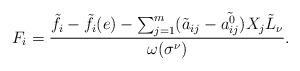
LaTeX: \begin{align*}F_{i}=\frac{\tilde{f}_{i}-\tilde{f}_{i}(e)-\sum^{m}_{j=1}(\tilde{a}_{ij}-\tilde{a^{0}_{ij}})X_{j}\tilde{L}_{\nu}}{\omega(\sigma^{\nu})}.\end{align*}